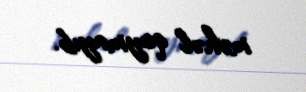
məhəl qoymayıb.